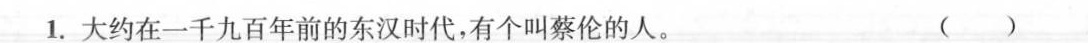
1.大约在一千九百年前的东汉时代，有个叫蔡伦的人。( ）